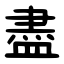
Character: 盡